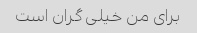
برای من خیلی گران است